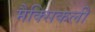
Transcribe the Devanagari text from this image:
मैक्सिकली